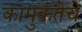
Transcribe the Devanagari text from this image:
कामुकतेचे